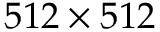
5 1 2 \times 5 1 2